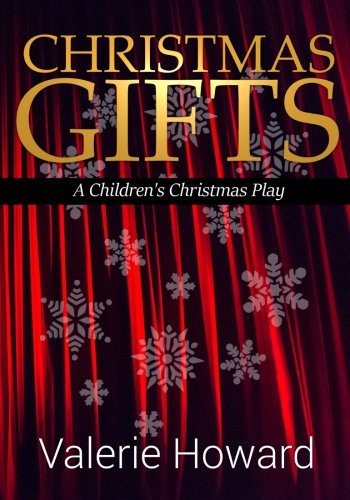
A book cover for Christmas Gifts: A Children's Christmas Play; Valerie Howard; Literature & Fiction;